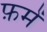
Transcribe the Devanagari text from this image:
फ़में